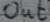
Text: out